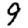
Digit: 9